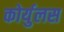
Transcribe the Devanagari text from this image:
कोर्युलस